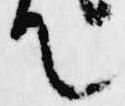
て